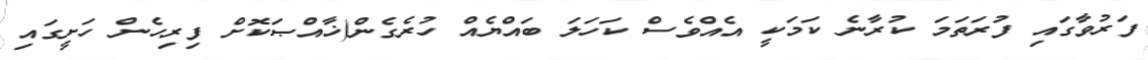
ފަރުވާގައި ފުރަތަމަ ކުރާނެ ކަމަކީ އެއްވެސް ކަހަލަ ބައްޔެއް ހުރެގެން(ޚާއްޞަކޮށް ފިރިހެން ހަށީގައި